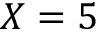
X = 5